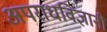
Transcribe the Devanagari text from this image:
अपराधविज्ञानी